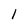
Character: 1